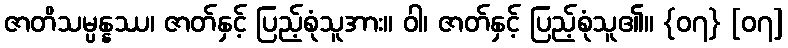
ဇာတိသမ္ပန္နဿ၊ ဇာတ်နှင့် ပြည့်စုံသူအား။ ဝါ၊ ဇာတ်နှင့် ပြည့်စုံသူ၏။ {၀၇} [၀၇]